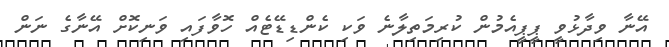
އޭނާ ވިދާޅުވީ ޕީޕީއެމުން ކުރިމަތިލާނެ ވަކި ކެންޑިޑޭޓެއް ހޮވާފައި ވަނިކޮށް އޭނާގެ ނަން